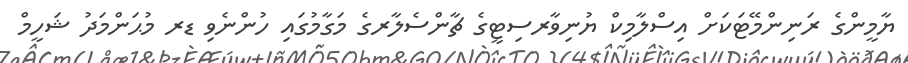
ޔާމީންގެ ރަނިންމޭޓަކަށް އިސްލާމިކް ޔުނިވާރސިޓީގެ ޗާންސެލާރގެ މަގާމުގައި ހުންނެވި ޑރ މުޙަންމަދު ޝަހީމް